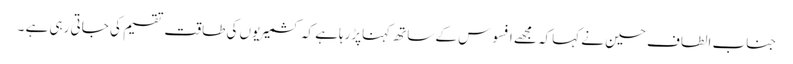
جناب الطاف حسین نے کہاکہ مجھے افسوس کے ساتھ کہناپڑرہاہے کہ کشمیریوں کی طاقت تقسیم کی جاتی رہی ہے ۔